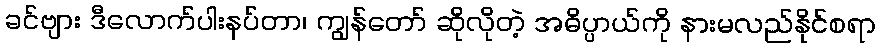
ခင်ဗျား ဒီလောက်ပါးနပ်တာ၊ ကျွန်တော် ဆိုလိုတဲ့ အဓိပ္ပာယ်ကို နားမလည်နိုင်စရာ